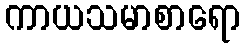
ကာယသမာစာရော